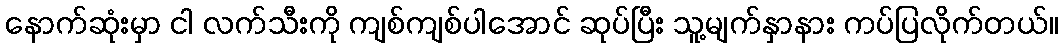
နောက်ဆုံးမှာ ငါ လက်သီးကို ကျစ်ကျစ်ပါအောင် ဆုပ်ပြီး သူ့မျက်နှာနား ကပ်ပြလိုက်တယ်။